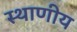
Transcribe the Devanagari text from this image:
स्थाणीय